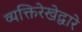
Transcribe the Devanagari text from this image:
व्यक्तिरेखेद्वारे